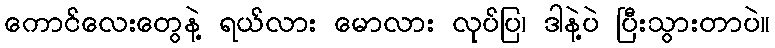
ကောင်လေးတွေနဲ့ ရယ်လား မောလား လုပ်ပြ၊ ဒါနဲ့ပဲ ပြီးသွားတာပဲ။